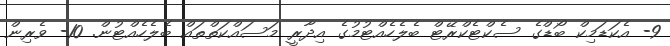
9- އެކަޑަމިކް ބޯޑްގެ ސެކްޓެކްރޭޓް ބެލެހެއްޓުމުގެ އިދާރީ މަސައްކަތްތައް ބެލެހެއްޓުން. 10- ވެރިން